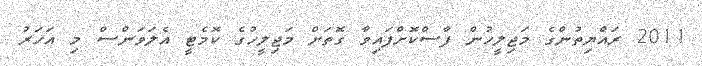
2011 ރައްޔިތުންގެ މަޖިލީހުން ފާސްކޮށްފައިވާ ގޮތަށް މަޖިލީހުގެ ކޮމެޓީ އެލަވަންސް މި އަހަރު